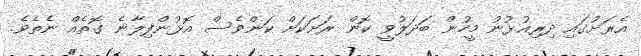
އެރަށުގައި ދިރިއުޅުނު މީހުން ބަދަލުވީ ކޮން ރަށަކަށް ކަންވެސް އޮޅުންފިލާނެ ގޮތެއް ނެތެވެ.